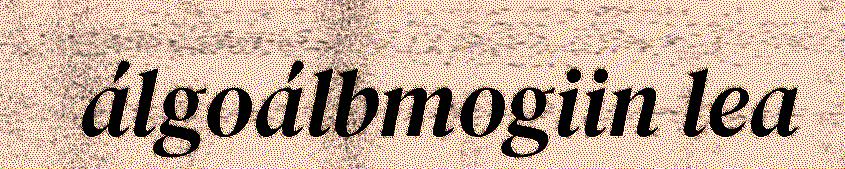
álgoálbmogiin lea